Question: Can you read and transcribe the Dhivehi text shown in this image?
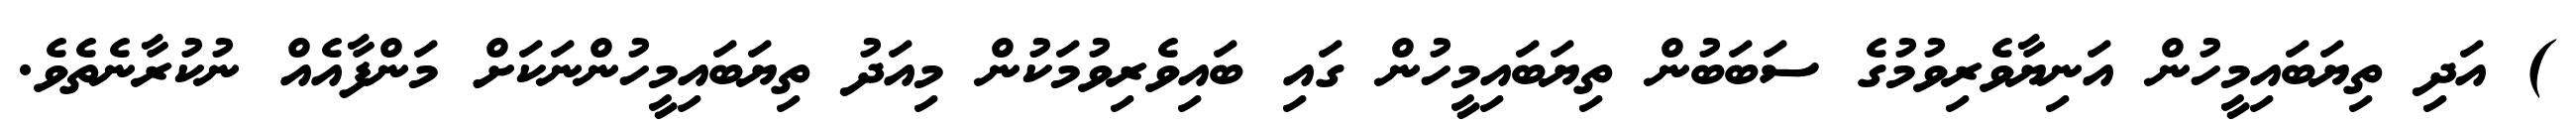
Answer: ) އަދި ތިޔަބައިމީހުން އަނިޔާވެރިވުމުގެ ސަބަބުން ތިޔަބައިމީހުން ގައި ބައިވެރިވުމަކުން މިއަދު ތިޔަބައިމީހުންނަކަށް މަންފާއެއް ނުކުރާނެތެވެ.